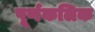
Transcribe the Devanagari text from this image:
पूर्णकलिक